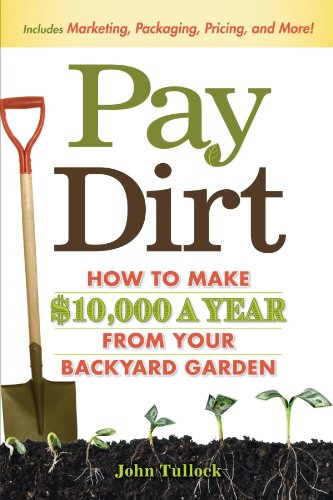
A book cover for Pay Dirt: How To Make $10,000 a Year From Your Backyard Garden; John Tullock; Crafts, Hobbies & Home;